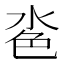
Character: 𪵼